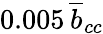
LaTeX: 0.005\, \overline{{b}}_{cc}